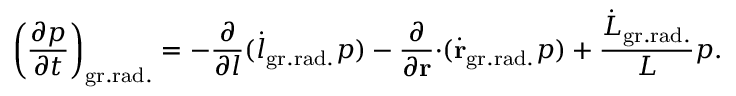
\left( \frac { \partial p } { \partial t } \right) _ { \mathrm { g r . r a d . } } = - { \frac { \partial } { \partial l } } ( { \dot { l } } _ { \mathrm { g r . r a d . } } p ) - { \frac { \partial } { \partial { \bf r } } } { \cdot } ( \dot { \bf r } _ { \mathrm { g r . r a d . } } p ) + { \frac { \dot { L } _ { \mathrm { g r . r a d . } } } { L } } p .